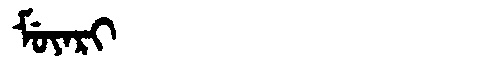
Manchu: ᠮᡠᠶᠠᡵᡳ
Romanization: MUYARI